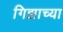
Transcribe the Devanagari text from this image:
गिझाच्या